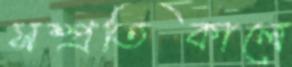
সম্প্রতিকালে